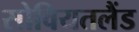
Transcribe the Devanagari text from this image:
सोवियतलैंड